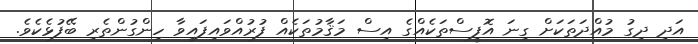
އަދި ދިގު މުއްދަތަކަށް ގިނަ އޮފީސްތަކެއްގެ އިސް މަޤާމުތަކެއް ފުރުއްވައިފައިވާ ހިންގުންތެރި ބޭފުޅެކެވެ.